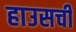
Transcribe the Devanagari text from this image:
हाउसची